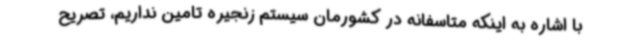
با اشاره به اینکه متاسفانه در کشورمان سیستم زنجیره تامین نداریم، تصریح